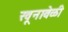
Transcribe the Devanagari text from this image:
खूनावेळी